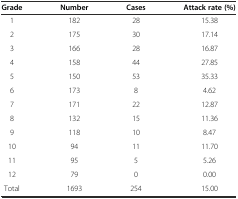
<table><thead><tr><td><b>Grade</b></td><td><b>Number</b></td><td><b>Cases</b></td><td><b>Attack rate (%)</b></td></tr></thead><tbody><tr><td>1</td><td>182</td><td>28</td><td>15.38</td></tr><tr><td>2</td><td>175</td><td>30</td><td>17.14</td></tr><tr><td>3</td><td>166</td><td>28</td><td>16.87</td></tr><tr><td>4</td><td>158</td><td>44</td><td>27.85</td></tr><tr><td>5</td><td>150</td><td>53</td><td>35.33</td></tr><tr><td>6</td><td>173</td><td>8</td><td>4.62</td></tr><tr><td>7</td><td>171</td><td>22</td><td>12.87</td></tr><tr><td>8</td><td>132</td><td>15</td><td>11.36</td></tr><tr><td>9</td><td>118</td><td>10</td><td>8.47</td></tr><tr><td>10</td><td>94</td><td>11</td><td>11.70</td></tr><tr><td>11</td><td>95</td><td>5</td><td>5.26</td></tr><tr><td>12</td><td>79</td><td>0</td><td>0.00</td></tr><tr><td>Total</td><td>1693</td><td>254</td><td>15.00</td></tr></tbody></table>